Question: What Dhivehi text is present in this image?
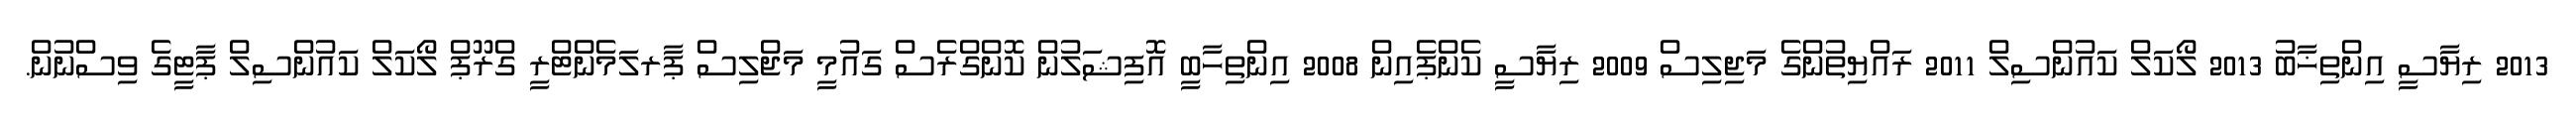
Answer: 2013 ރިޔާސީ އިންތިޚާބު 2013 ލޯކަލް ކައުންސިލް 2011 ރައްޔިތުންގެ މަޖިލިސް 2009 ރިޔާސީ ކެންޕެއިން 2008 އިންތިހާބީ އޮފިޝަލުން ކޮންގްރެސް ގައުމީ މަޖްލިސް ޕާރލަމެންޓްރީ ގްރޫޕް ލޯކަލް ކައުންސިލް ޕާޓީގެ ވިސްނުން.